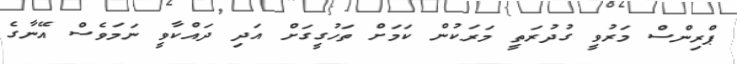
ޕްރިންސް މަރުވީ ގުދުރަތީ މަރަކުން ކަމަށް ތަހުގީގަށް އަދި ދައްކާވީ ނަމަވެސް އޭނާގެ